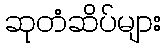
ဆုတံဆိပ်များ